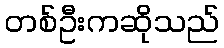
တစ်ဦးကဆိုသည်